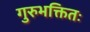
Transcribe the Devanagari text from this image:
गुरुभक्तितः